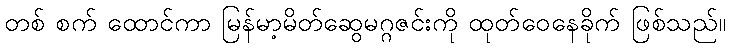
တစ် စက် ထောင်ကာ မြန်မာ့မိတ်ဆွေမဂ္ဂဇင်းကို ထုတ်ဝေနေခိုက် ဖြစ်သည်။